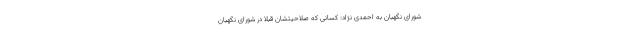
شورای نگهبان به احمدی نژاد: کسانی که صلاحیتشان قبلا در شورای نگهبان